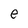
Character: e